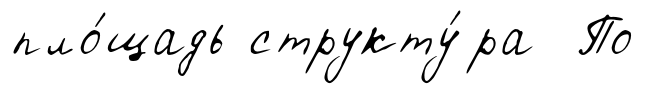
пло́щадь структу́ра По